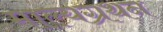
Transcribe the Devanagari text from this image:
माल्यग्रथन